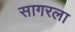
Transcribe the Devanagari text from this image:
सागरला